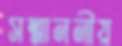
সম্মাননীয়